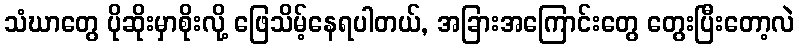
သံဃာတွေ ပိုဆိုးမှာစိုးလို့ ဖြေသိမ့်နေရပါတယ်, အခြားအကြောင်းတွေ တွေးပြီးတော့လဲ